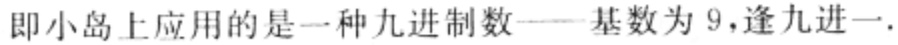
即小岛上应用的是一种九进制数——基数为 9，逢九进一.